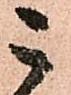
こ